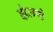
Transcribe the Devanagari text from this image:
झेलणे